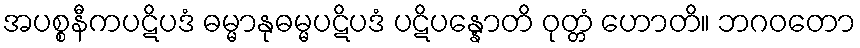
အပစ္စနီကပဋိပဒံ ဓမ္မာနုဓမ္မပဋိပဒံ ပဋိပန္နောတိ ဝုတ္တံ ဟောတိ။ ဘဂဝတော